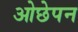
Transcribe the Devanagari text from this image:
ओछेपन